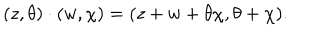
( z , \theta ) \cdot ( w , \chi ) = ( z + w + \theta \chi , \theta + \chi ) .